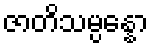
ဇာတိသမ္ပန္နော